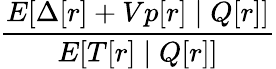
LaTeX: \frac{E[\Delta[r]+Vp[r]\mid Q[r]]}{E[T[r]\mid Q[r]]}